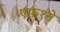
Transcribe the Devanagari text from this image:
एफ१ने